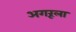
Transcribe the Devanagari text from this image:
अगरूला